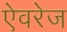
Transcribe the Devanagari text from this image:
ऐवरेज